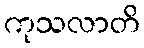
ကုသလာတိ